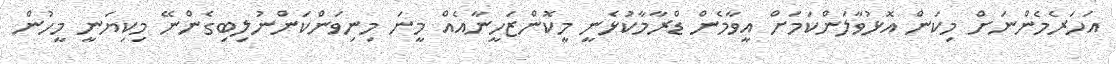
އަހަރެމެންނަށް މިކަން އޮޅުވާލަންކަމަށް އީވާމެން ޑްރާމާކުޅެނީ މީކޮންޒަހީނާއެއް މީނަ މިނިވަންކަންނުލިބިގެންނޭ މިކިޔަނީ މީހުން